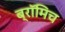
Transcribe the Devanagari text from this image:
ब्रॉमिच